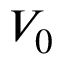
V _ { 0 }